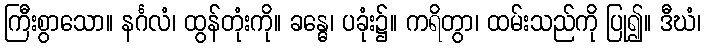
ကြီးစွာသော။ နင်္ဂလံ၊ ထွန်တုံးကို။ ခန္ဓေ၊ ပခုံး၌။ ကရိတွာ၊ ထမ်းသည်ကို ပြု၍။ ဒီဃံ၊